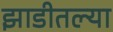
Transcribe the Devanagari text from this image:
झाडीतल्या